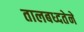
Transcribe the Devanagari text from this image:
तालबध्दतेने